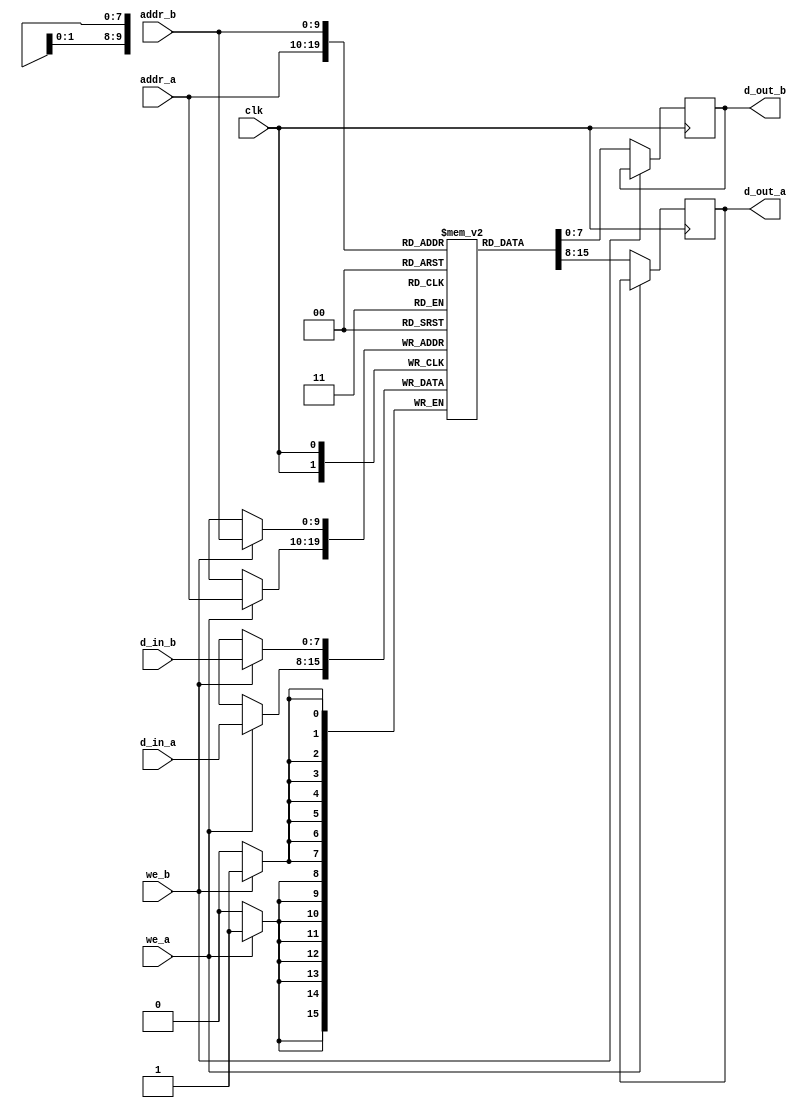
module dpram_rtl
  (input  we_a, we_b,clk,
   input [D_WIDTH-1:0] d_in_a, d_in_b,
   input  [$clog2(DEPTH)-1:0] addr_a, addr_b,
   output reg [D_WIDTH-1:0] d_out_a, d_out_b);

   parameter DEPTH = 1024, D_WIDTH = 8; 
  
  // RAM creation based on characters
  //LSB - deepest loc and msb on top 
  // this confg is how comp arch mem allocation 'stack' 
  reg [D_WIDTH-1:0] mem [0:DEPTH-1];
  
  always @ (posedge clk)
    begin
      // port A
      // write first we_a is active low basedon ram chips
      if (we_a)
        mem[addr_a] <= d_in_a;
      // read operation when we_a is high
       else
      	d_out_a <= mem[addr_a];
      
    end
  
  always @ (posedge clk)
    begin

      // port B
      // write first we_b is active low basedon ram chips
      if (we_b)
        mem[addr_b] <= d_in_b;
      // read operation when we_b is high
     else
        d_out_b <= mem[addr_b];
      
    end
  
endmodule